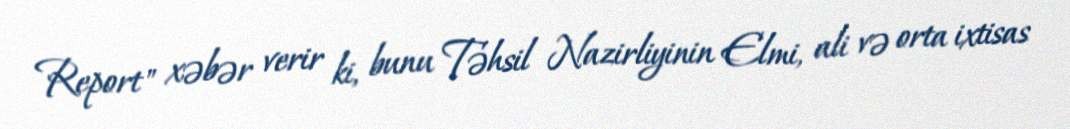
Report" xəbər verir ki, bunu Təhsil Nazirliyinin Elmi, ali və orta ixtisas